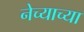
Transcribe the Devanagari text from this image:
नेच्याच्या